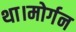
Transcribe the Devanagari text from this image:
था।मोर्गन